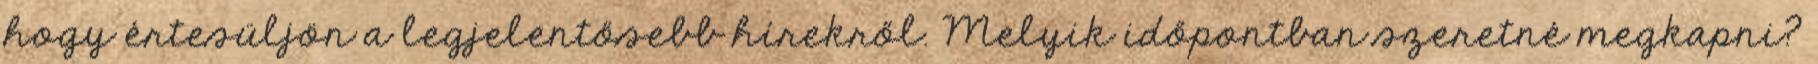
hogy értesüljön a legjelentősebb hírekről. Melyik időpontban szeretné megkapni?